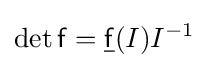
\det {\mathsf {f}}={\underline {\mathsf {f}}}(I)I^{-1}